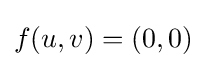
f(u,v)=(0,0)